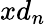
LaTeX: xd_{n}